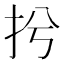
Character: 𢪆